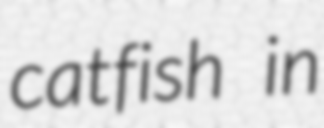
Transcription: catfish in